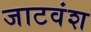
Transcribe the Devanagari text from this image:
जाटवंश